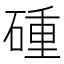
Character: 𥔧